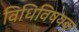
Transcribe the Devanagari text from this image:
विधिविषयक